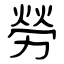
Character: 勞